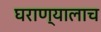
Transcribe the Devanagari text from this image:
घराण्यालाच